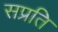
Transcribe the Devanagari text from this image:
सप्रति